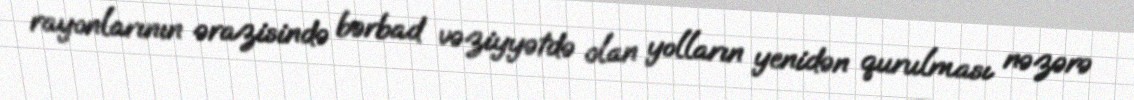
rayonlarının ərazisində bərbad vəziyyətdə olan yolların yenidən qurulması nəzərə